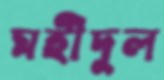
মহীদুল